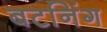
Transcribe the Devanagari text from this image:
बटनिंग